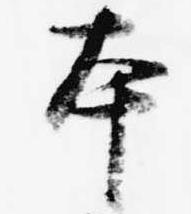
本